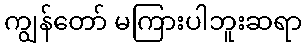
ကျွန်တော် မကြားပါဘူးဆရာ